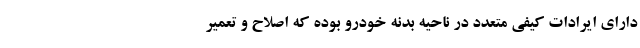
دارای ایرادات کیفی متعدد در ناحیه بدنه خودرو بوده که اصلاح و تعمیر